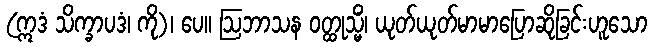
(ဣဒံ သိက္ခာပဒံ၊ ကို)၊ ပေ။ ဩဘာသန ဝတ္ထုသ္မိံ၊ ယုတ်ယုတ်မာမာပြောဆိုခြင်းဟူသော